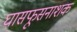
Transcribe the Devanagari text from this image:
घासफूसनाशक